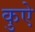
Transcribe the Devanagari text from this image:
कुऐ